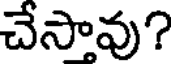
చేసావు?